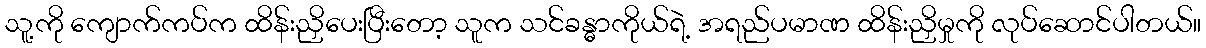
သူ့ကို ကျောက်ကပ်က ထိန်းညှိပေးပြီးတော့ သူက သင်ခန္ဓာကိုယ်ရဲ့ အရည်ပမာဏ ထိန်းညှိမှုကို လုပ်ဆောင်ပါတယ်။